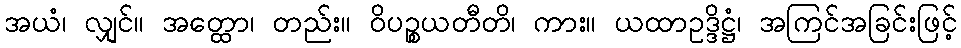
အယံ၊ လျှင်။ အတ္ထော၊ တည်း။ ဝိပဉ္စယတီတိ၊ ကား။ ယထာဥဒ္ဒိဋ္ဌံ၊ အကြင်အခြင်းဖြင့်